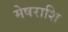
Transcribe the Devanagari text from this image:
मेषराशि